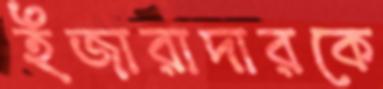
ইজারাদারকে